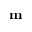
\mathbf { m }